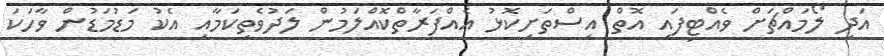
އަދި ލޯމައްޗަށް ވެއްޓިފައި އޮތް އިސްތަށިކޮޅު އެއްފަރާތްކޮއްލަމުން ލަދުވެތިކަމާއި އެކު މަޑުމަޑުން ވާހަކަ